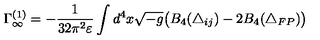
\Gamma _ { \infty } ^ { ( 1 ) } = - \frac { 1 } { 3 2 \pi ^ { 2 } \varepsilon } \int d ^ { 4 } x \sqrt { - g } \bigl ( B _ { 4 } ( \triangle _ { i j } ) - 2 B _ { 4 } ( \triangle _ { F P } ) \bigr )